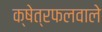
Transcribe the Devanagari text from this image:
क्षेत्रफलवाले